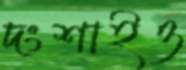
দংশাইও